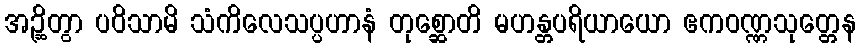
အဉ္ဆိတွာ ပဝိသာမိ သံကိလေသပ္ပဟာနံ တုစ္ဆောတိ မဟန္တပရိယာယော ဧကဝဏ္ဏသုတ္တေန